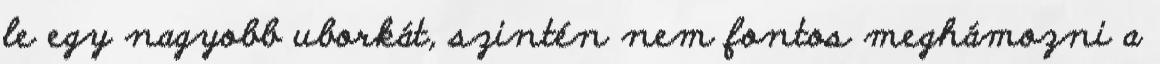
le egy nagyobb uborkát, szintén nem fontos meghámozni a